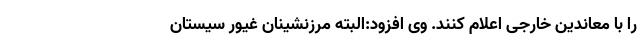
را با معاندین خارجی اعلام کنند. وی افزود:البته مرزنشینان غیور سیستان